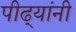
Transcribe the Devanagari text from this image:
पीढ्यांनी